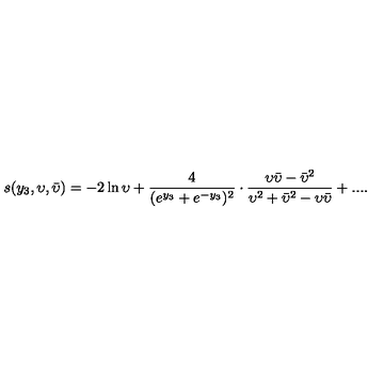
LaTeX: s ( y _ { 3 } , \upsilon , \bar { \upsilon } ) = - 2 \ln \upsilon + \frac { 4 } { ( e ^ { y _ { 3 } } + e ^ { - y _ { 3 } } ) ^ { 2 } } \cdot \frac { \upsilon { \bar { \upsilon } } - { \bar { \upsilon } ^ { 2 } } } { \upsilon ^ { 2 } + { \bar { \upsilon } } ^ { 2 } - \upsilon { \bar { \upsilon } } } + . . . .